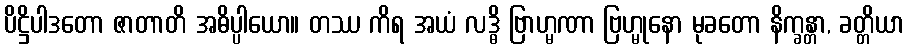
ပိဋ္ဌိပါဒတော ဇာတာတိ အဓိပ္ပါယော။ တဿ ကိရ အယံ လဒ္ဓိ ဗြာဟ္မဏာ ဗြဟ္မုနော မုခတော နိက္ခန္တာ, ခတ္တိယာ